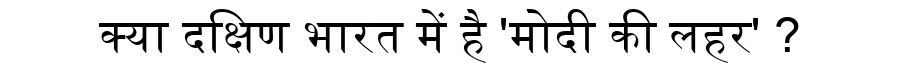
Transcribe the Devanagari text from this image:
क्या दक्षिण भारत में है 'मोदी की लहर' ?